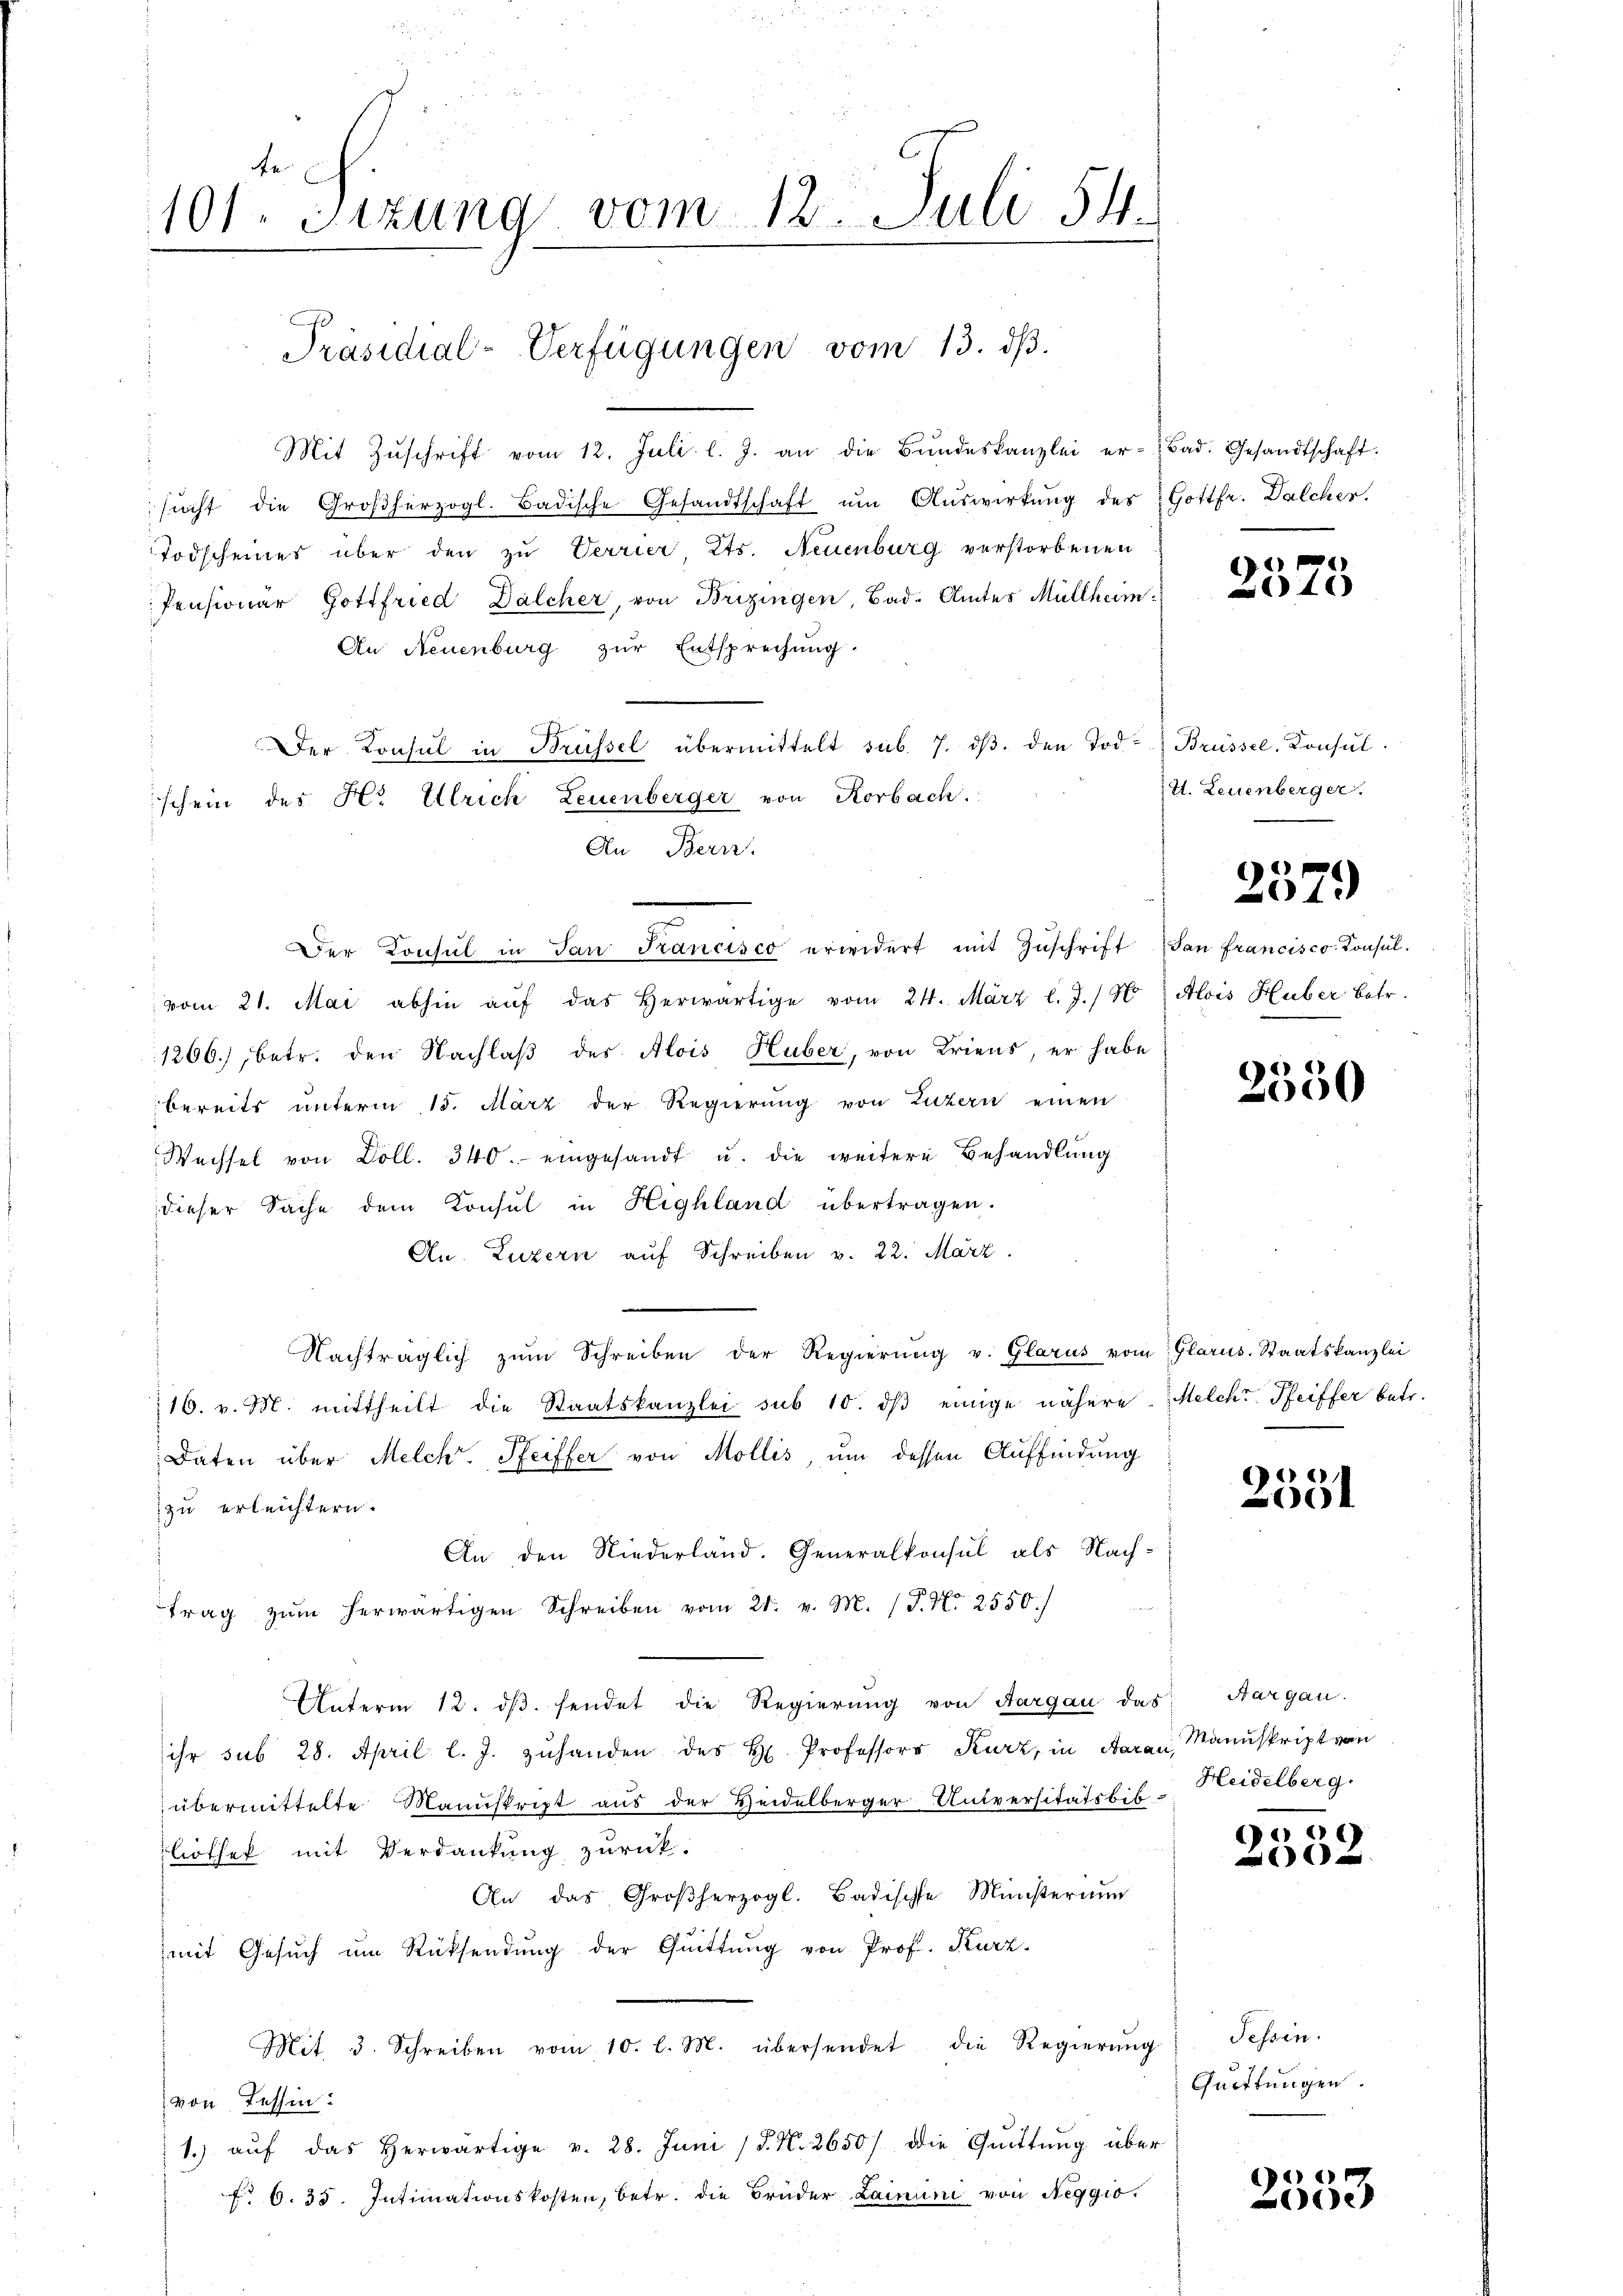
te.
101. Sizung vom 12. Juli 54.

Präsidial-Verfügungen vom 13. dβ.

schein des Hr. Ulrich Leuenberger von Korbach.
An Bern.

Mit Zŭschrift vom 12. Juli l. J. an die Bŭndeskanzlei er-Bad. Gesandtschaft.
sŭcht die Großherzogl. Badische Gesandtschaft um Auswirkung des Gottfr. Dalcher.
Todscheines über den zu Verrier Ets. Neuenburg verstorbenen
Pensionar Gottfried Dälcher, von Brizingen, Bad. Amtes Müllheim:
An Neuenburg zur Entsprechung.
Der Consul in Brüssel übermittelt sub. 7. dβ. den Tod. Brüssel. Consul
Der Konsul in San Francisco erwidert mit Zŭschrift (dan francisco Consul-
vom 21. Mai abhin aŭf das herwärtige vom 24. März l. J. / N Alois Huber betr.
1266), betr. den Nachlaß des Alois Huber, von Kriens, er habe
bereits unterm 15. März der Regierŭng von Luzern einen
Wechsel von Döll. 340. eingesandt u. die weitere Behandlung
dieser Sache dem Konsul in Highland übertragen.
Au. Luzern auf Schreiben v. 22. März.
Nachträglich zŭm Schreiben der Regierŭng v. Glarus vom Glarus-Staatskanzlei
16. v. M. mittheilt die Staatskanzlei sub 10. dβ einige nähere Melche Pfeiffer betr.
Daten über Melch Seiffer von Mollis, um dessen Auffindung
zu erleichtern.
An den Niederland. Generalkonsul als Nach-
trag zŭm herwärtigen Schreiben vom 21. v. M. (T. N. 2550)
Unterm 12. dβ. sendet die Regierŭng von Aargau das Hargau.
ihr sub 28. April l. J. zŭhanden des H. Professor Kurz, in Aarau, Manuskript von
übermittelte Manuskript aus der Heidelberger Universitätsbibliothek mit Verdankung zurück.
An das Großherzogl. Badische Ministerium
mit Gesuch um Rücksendung der Quittung von Prof. Kurz
Mit 3. Schreiben vom 10. l. M. übersendet die Regierŭng
von Tessin:
1. aŭf das herwärtige v. 28. Juni / P. N. 2650/ die Qŭittŭng über
f 6. 35. Intimationskosten, betr. die Brüder Lainum von Neggio

)
40

4. Leuenberger.

2579

2530

)
200

Heidelberg.

960
e

Tessin.
Quittungen.

n
e